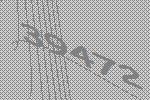
39472